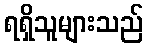
ရရှိသူများသည်